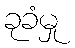
ခုခံမှု